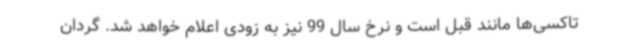
تاکسی‌ها مانند قبل است و نرخ سال 99 نیز به زودی اعلام خواهد شد. گردان